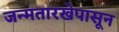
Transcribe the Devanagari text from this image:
जन्मतारखेपासून